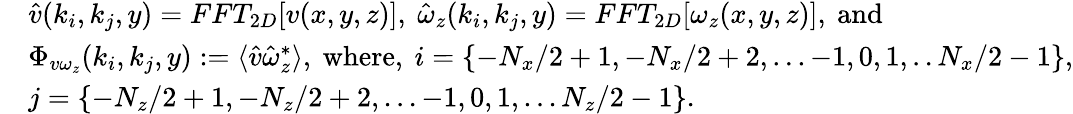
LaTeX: \begin{array}{rl}&{\hat{v}(k_{i},k_{j},y)=FFT_{2D}[v(x,y,z)],\ \hat{\omega}_{z}(k_{i},k_{j},y)=FFT_{2D}[\omega_{z}(x,y,z)],\ \mathrm{and}}\\ &{\Phi_{v\omega_{z}}(k_{i},k_{j},y):=\langle\hat{v}\hat{\omega}_{z}^{*}\rangle,\ \mathrm{where},\ i=\left\{ -{N_{x}}/{2}+1,-{N_{x}}/{2}+2,...-1,0,1,..{N_{x}}/{2}-1\right\} ,}\\ &{j=\left\{ -{N_{z}}/{2}+1,-{N_{z}}/{2}+2,...-1,0,1,...{N_{z}}/{2}-1\right\} .}\end{array}